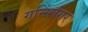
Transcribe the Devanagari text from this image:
गन्स्लिंगर